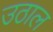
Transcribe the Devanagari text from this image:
उठाल